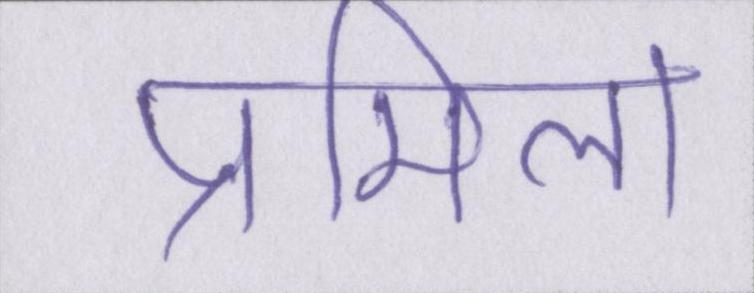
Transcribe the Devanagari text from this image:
प्रमिला